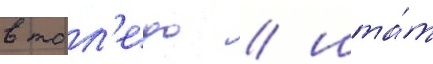
в тол'едо / шта́т